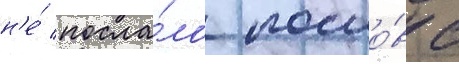
н'е́ посла́ло посло́в с